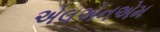
એલએનએમ